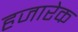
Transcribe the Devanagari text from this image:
हजारेक